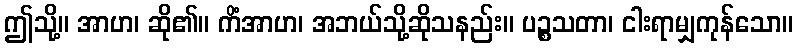
ဤသို့။ အာဟ၊ ဆို၏။ ကိံအာဟ၊ အဘယ်သို့ဆိုသနည်း။ ပဉ္စသတာ၊ ငါးရာမျှကုန်သော။